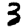
Digit: 3